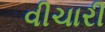
વીચારી